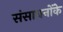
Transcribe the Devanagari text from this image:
संसाधनोंके